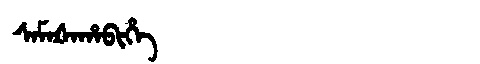
Manchu: ᠰᠠᠮᠠᡧᠠᡥᠠᠪᡳᡥᡝ
Romanization: SAMAŠAHABIHE